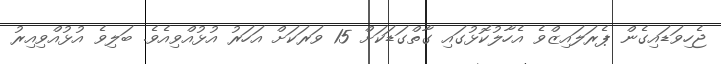
ޖެހިވަޑައިގެން ޕެރަލައިޒްވެ އެހާލުކޮޅުގައި ގާތްގަޑަކަށް 15 ވަރަކަށް އަހަރު އުޅުއްވިއެވެ. ބަލިވެ އުޅުއްވިއިރު